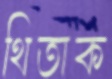
থিতাক